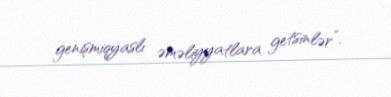
genişmiqyaslı əməliyyatlara getsinlər”.